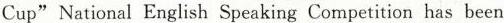
Cup"National English Speaking Competition has been